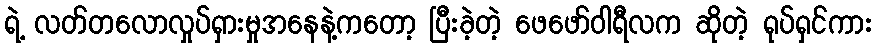
ရဲ့ လတ်တလောလှုပ်ရှားမှုအနေနဲ့ကတော့ ပြီးခဲ့တဲ့ ဖေဖော်ဝါရီလက ဆိုတဲ့ ရုပ်ရှင်ကား